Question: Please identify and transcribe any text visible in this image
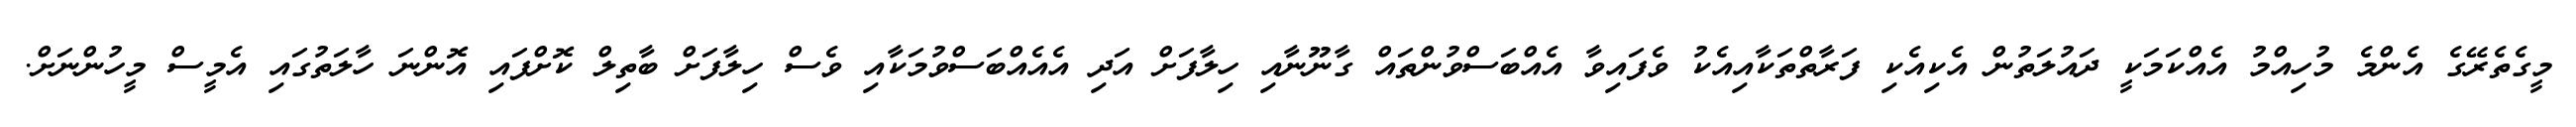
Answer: މީގެތެރޭގެ އެންމެ މުހިއްމު އެއްކަމަކީ ދައުލަތުން އެކިއެކި ފަރާތްތަކާއިއެކު ވެފައިވާ އެއްބަސްވުންތައް ގާނޫނާއި ހިލާފަށް އަދި އެއެއްބަސްވުމަކާއި ވެސް ހިލާފަށް ބާތިލް ކޮށްފައި އޮންނަ ހާލަތުގައި އެމީސް މީހުންނަށް.